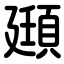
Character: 頲